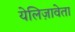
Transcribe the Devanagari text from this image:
येलिज़ावेता